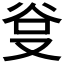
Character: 𭆮